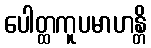
ပေါတ္ထကူပမာဟန္တိ